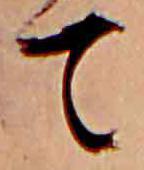
て